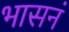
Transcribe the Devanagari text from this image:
भासनं